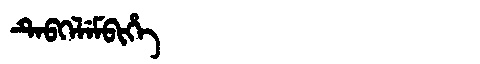
Manchu: ᡨᡝᠪᡴᡝᠯᡝᠮᠪᡳᡥᡝ
Romanization: TEBKELEMBIHE